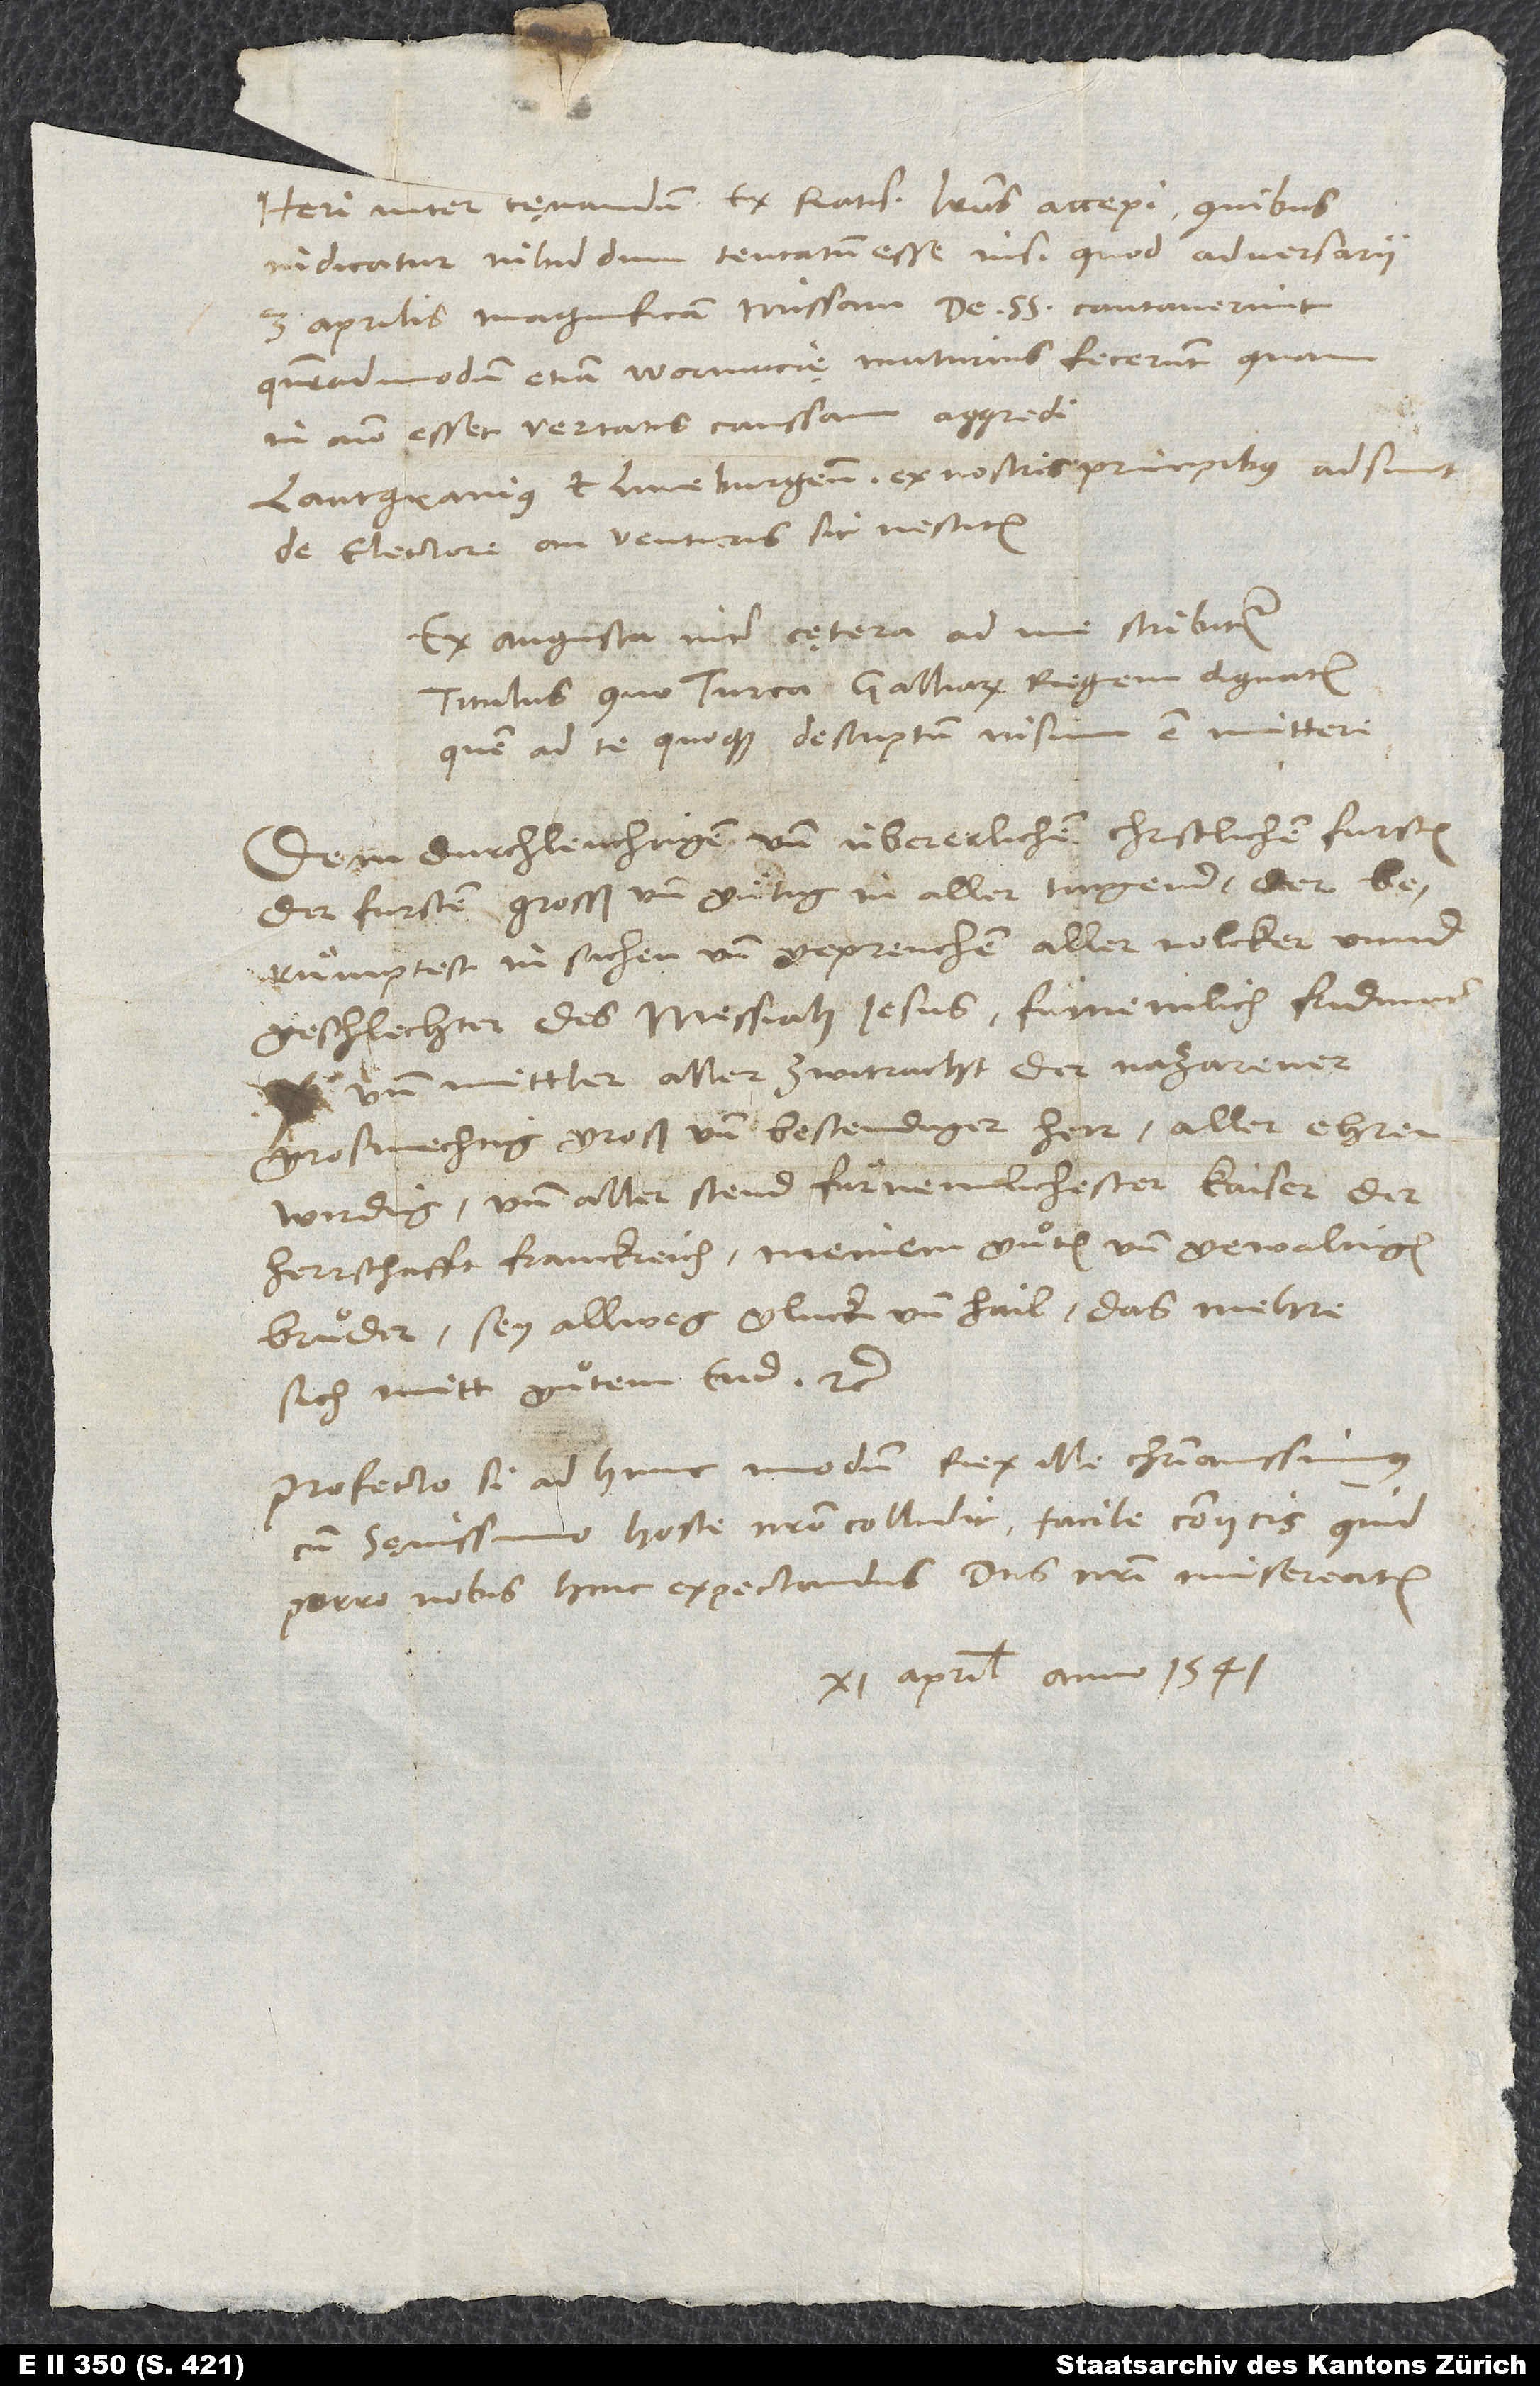
quemadmodum etiam Wormacię maturius fecerunt, quam
in animo esset veritatis caussam aggredi.
Lantgravius et Luneburgensis ex nostris principibus adsunt;
de electore, an venturus sit, nescitur.
Ex Augusta inter cętera ad me scribitur
titulus, quo Turca Galliarum regem dignatur,
quem ad te quoque descriptum visum est mittere:
„Dem durchleuchtigen und übererlichen, christlichen fursten
der fursten, grosß und gütig in aller tugend, der
berümptest in sachen und gepreuchen aller volcker unnd
geschlechter des messiah Jesus, fürnemlich fridman
und mittler aller zwitracht der Nazarener,
grosmechtig, groß und bestendiger herr, aller ehren
wirdig und aller stend fürnemlichester kaiser der
herrschafft Franckreich, meinem guͦten und gewaltigen
bruͦder, sey allweg gluck und hail; das mehre
sich mitt guͦtem end etc.“
Profecto, si ad hunc modum rex ille christianissimus
cum sęvissimo hoste nostro colludit, facile coniicis, quid
11. aprilis anno 1541.